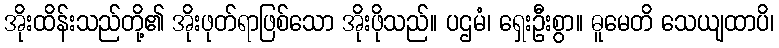
အိုးထိန်းသည်တို့၏ အိုးဖုတ်ရာဖြစ်သော အိုးဖိုသည်။ ပဌမံ၊ ရှေးဦးစွာ။ ဓူမေတိ သေယျထာပိ၊